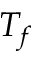
T _ { f }